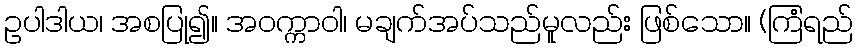
ဥပါဒါယ၊ အစပြု၍။ အဝက္ကာဝါ၊ မချက်အပ်သည်မူလည်း ဖြစ်သော။ (ကြံရည်